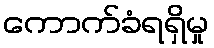
ကောက်ခံရရှိမှု